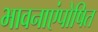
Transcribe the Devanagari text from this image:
भावनाएंपोषित